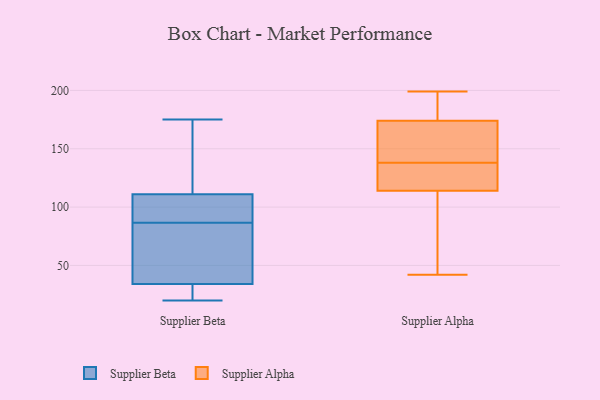
{"axis": {"x": "Latency (ms)", "y": "Value"}, "legend": ["Supplier Alpha", "Supplier Beta"], "data": [{"x": "", "y": 34, "type": "Supplier Beta"}, {"x": "", "y": 95, "type": "Supplier Beta"}, {"x": "", "y": 111, "type": "Supplier Beta"}, {"x": "", "y": 20, "type": "Supplier Beta"}, {"x": "", "y": 175, "type": "Supplier Beta"}, {"x": "", "y": 29, "type": "Supplier Beta"}, {"x": "", "y": 78, "type": "Supplier Beta"}, {"x": "", "y": 160, "type": "Supplier Beta"}, {"x": "", "y": 73, "type": "Supplier Beta"}, {"x": "", "y": 104, "type": "Supplier Beta"}, {"x": "", "y": 135, "type": "Supplier Alpha"}, {"x": "", "y": 193, "type": "Supplier Alpha"}, {"x": "", "y": 142, "type": "Supplier Alpha"}, {"x": "", "y": 99, "type": "Supplier Alpha"}, {"x": "", "y": 115, "type": "Supplier Alpha"}, {"x": "", "y": 125, "type": "Supplier Alpha"}, {"x": "", "y": 157, "type": "Supplier Alpha"}, {"x": "", "y": 199, "type": "Supplier Alpha"}, {"x": "", "y": 180, "type": "Supplier Alpha"}, {"x": "", "y": 114, "type": "Supplier Alpha"}, {"x": "", "y": 175, "type": "Supplier Alpha"}, {"x": "", "y": 141, "type": "Supplier Alpha"}, {"x": "", "y": 146, "type": "Supplier Alpha"}, {"x": "", "y": 83, "type": "Supplier Alpha"}, {"x": "", "y": 58, "type": "Supplier Alpha"}, {"x": "", "y": 123, "type": "Supplier Alpha"}, {"x": "", "y": 42, "type": "Supplier Alpha"}, {"x": "", "y": 174, "type": "Supplier Alpha"}]}